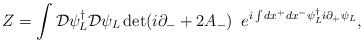
LaTeX: \begin{align*}Z = \int {\cal D} \psi^{\dagger}_L {\cal D}\psi_L \det ( i \partial_- +2A_- ) \,\,\,e^{i\int dx^+ dx^- \psi^{\dagger}_L i\partial_+ \psi_L},\end{align*}